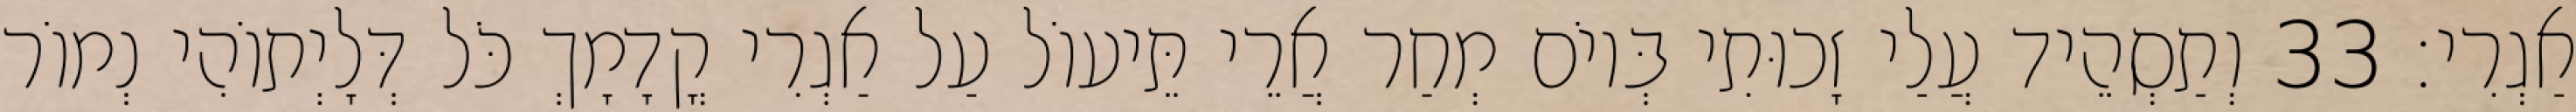
אַגְרִי׃ 33 וְתַסְהֵיד עֲלַי זָכוּתִי בְּיוֹם מְחַר אֲרֵי תֵּיעוֹל עַל אַגְרִי קֳדָמָךְ כֹּל דְּלָיְתוֹהִי נְמוֹר